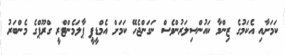
ކަމަށާއި އެކަމުގެ ޒިންމާ ކައުންސިލަރުންވެސް ނަގަންޖެހޭ ކަމަށް އެމްޑީޕީ ޕާލަމެންޓްރީ ގްރޫޕްގެ މެންބަރު